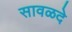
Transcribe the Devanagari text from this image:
सावळदे